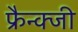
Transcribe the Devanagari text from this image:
फ्रैन्क्जी